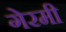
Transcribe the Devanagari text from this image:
गेरमी